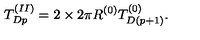
T _ { D p } ^ { ( I I ) } = 2 \times 2 \pi R ^ { ( 0 ) } T _ { D ( p + 1 ) } ^ { ( 0 ) } .